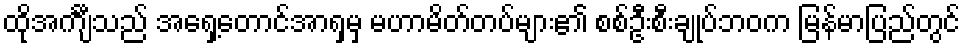
ထိုအင်္ကျီသည် အရှေ့တောင်အာရှမှ မဟာမိတ်တပ်များ၏ စစ်ဦးစီးချုပ်ဘဝက မြန်မာပြည်တွင်